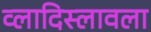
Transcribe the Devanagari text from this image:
व्लादिस्लावला